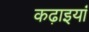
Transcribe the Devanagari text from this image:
कढ़ाइयां